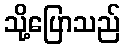
သို့ပြောသည်